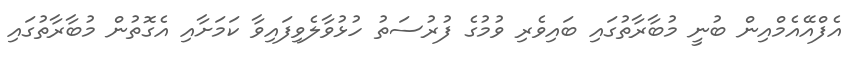
އެފްއޭއެމްއިން ބުނީ މުބާރާތުގައި ބައިވެރި ވުމުގެ ފުރުސަތު ހުޅުވާލެވިފައިވާ ކަމަށާއި އެގޮތުން މުބާރާތުގައި